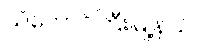
သံတောင်ကြီးမြို့နယ်